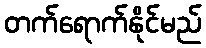
တက်ရောက်နိုင်မည်